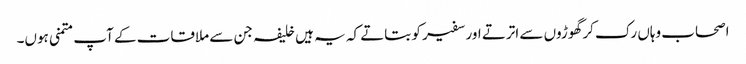
اصحاب وہاں رک کر گھوڑوں سے اترتے اور سفیر کو بتاتے کہ یہ ہیں خلیفہ جن سے ملاقات کے آپ متمنی ہوں۔